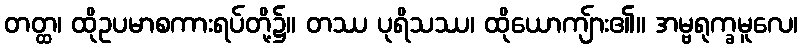
တတ္ထ၊ ထိုဥပမာစကားရပ်တို့၌။ တဿ ပုရိသဿ၊ ထိုယောကျ်ား၏။ အမ္ဗရုက္ခမူလေ၊